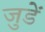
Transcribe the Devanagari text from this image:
जुडें